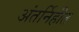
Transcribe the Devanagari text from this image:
अंतर्निहीत